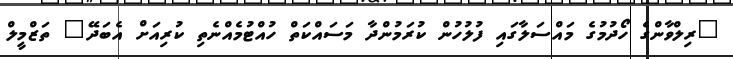
"ރިލްވާންގެ ހޯދުމުގެ މައްސަލާގައި ފުލުހުން ކުރަމުންދާ މަސައްކަތް ހުއްޓުމެއްނެތި ކުރިއަށް އެބަދޭ" ތަޒްމީލް